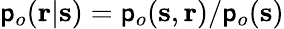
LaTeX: \mathsf{p}_{o}(\mathbf{{r}}|\mathbf{{s}})=\mathsf{p}_{o}(\mathbf{{s}},\mathbf{{r}})/\mathsf{p}_{o}(\mathbf{{s}})